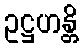
ဥဋ္ဌဟန္တိ